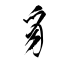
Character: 豸